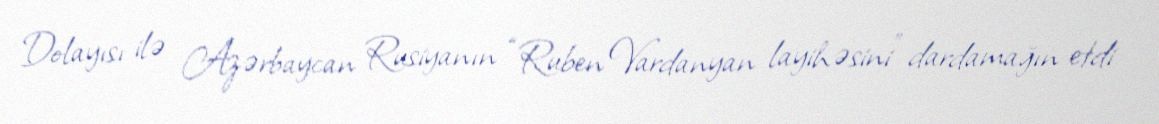
Dolayısı ilə Azərbaycan Rusiyanın “Ruben Vardanyan layihəsini” dardamağın etdi